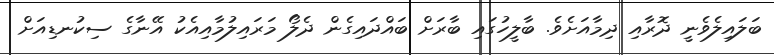
ބަލައިލެވެނީ ދޮރާއި ދިމާއަށެވެ. ބާލީހުގައި ބާރަށް ބައްދައިގެން ދެލޯ މަރައިލުމާއިއެކު އޭނާގެ ސިކުނޑިއަށް